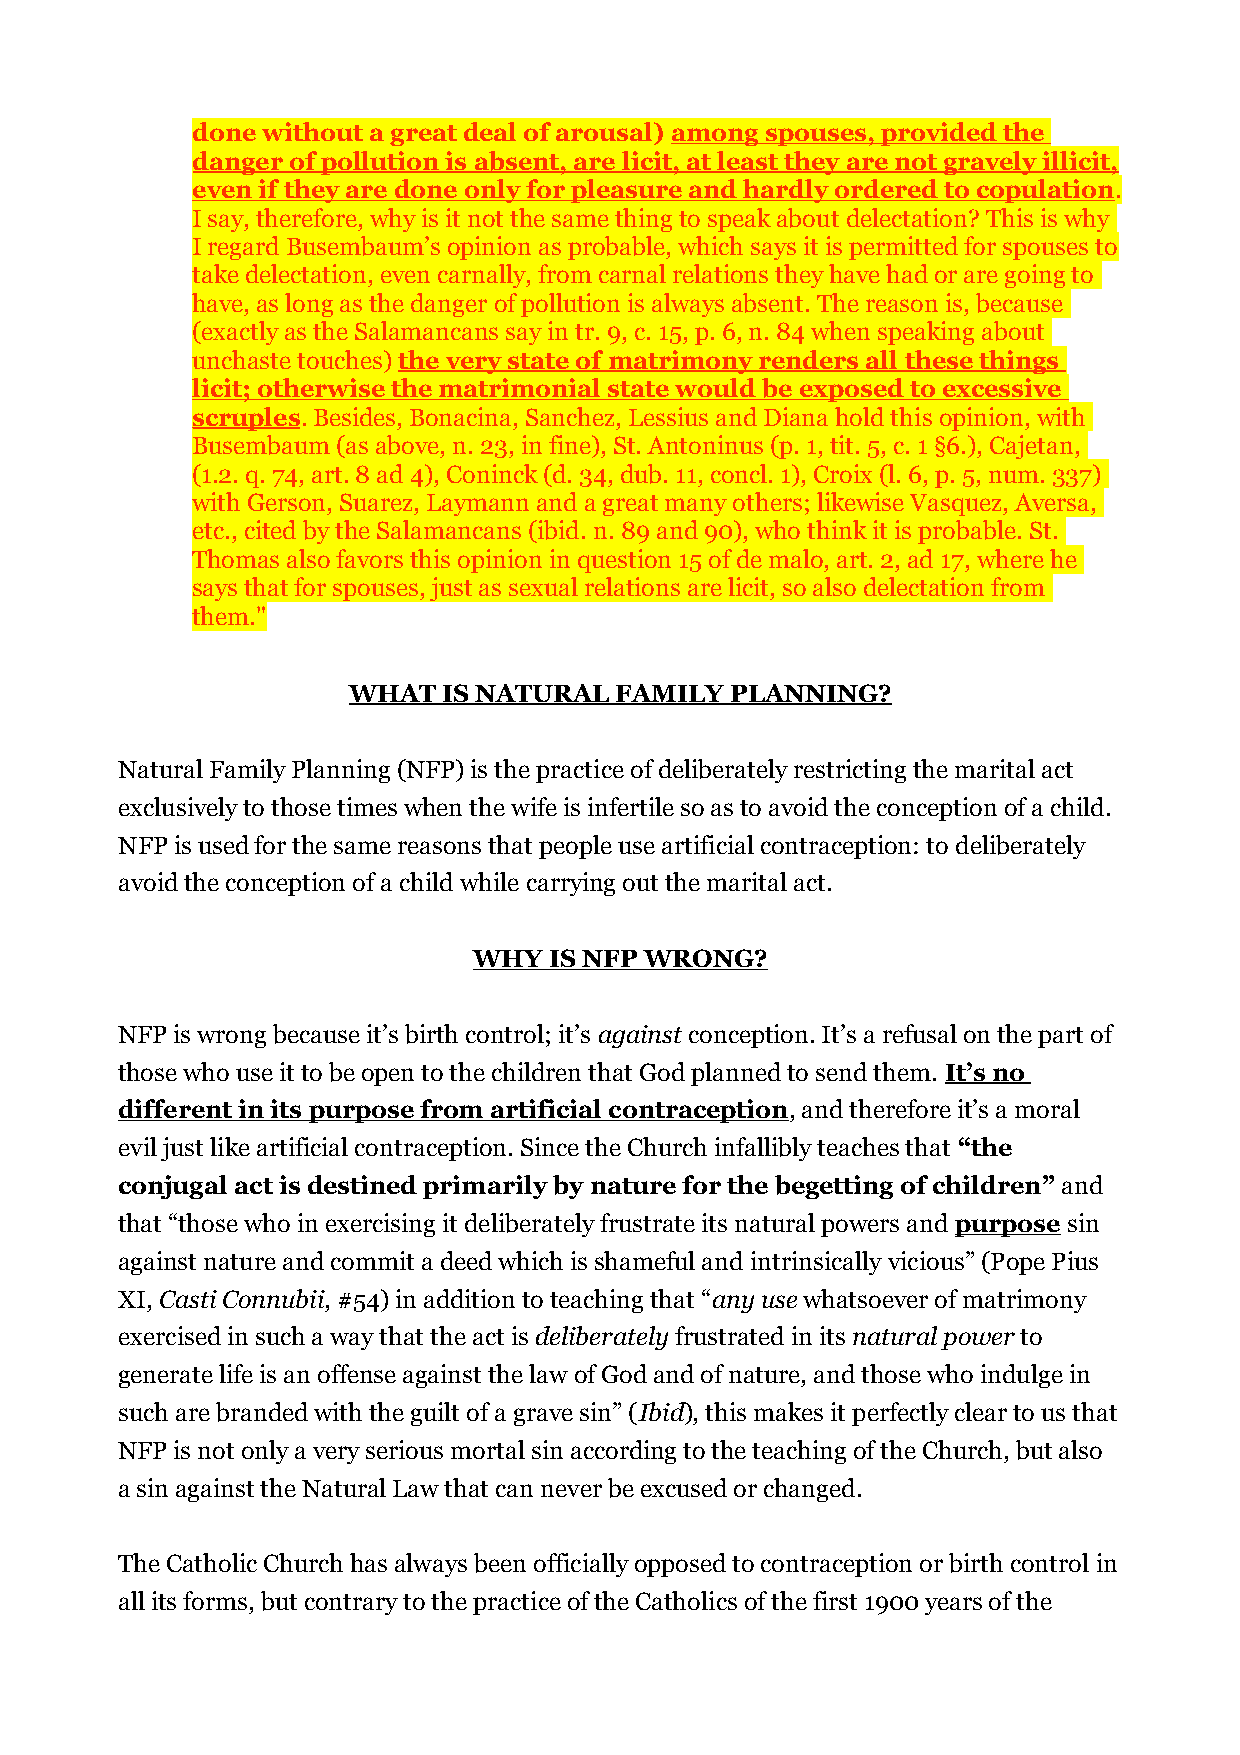
done without a great deal of arousal) among spouses, provided the
 danger of pollution is absent, are licit, at least they are not gravely illicit,
 even if they are done only for pleasure and hardly ordered to copulation.
 I say, therefore, why is it not the same thing to speak about delectation? This is why
 I regard Busembaum’s opinion as probable, which says it is permitted for spouses to
 take delectation, even carnally, from carnal relations they have had or are going to
 have, as long as the danger of pollution is always absent. The reason is, because
 (exactly as the Salamancans say in tr. 9, c. 15, p. 6, n. 84 when speaking about
 unchaste touches) the very state of matrimony renders all these things
 licit; otherwise the matrimonial state would be exposed to excessive
 scruples. Besides, Bonacina, Sanchez, Lessius and Diana hold this opinion, with
 Busembaum (as above, n. 23, in fine), St. Antoninus (p. 1, tit. 5, c. 1 §6.), Cajetan,
 (1.2. q. 74, art. 8 ad 4), Coninck (d. 34, dub. 11, concl. 1), Croix (l. 6, p. 5, num. 337)
 with Gerson, Suarez, Laymann and a great many others; likewise Vasquez, Aversa,
 etc., cited by the Salamancans (ibid. n. 89 and 90), who think it is probable. St.
 Thomas also favors this opinion in question 15 of de malo, art. 2, ad 17, where he
 says that for spouses, just as sexual relations are licit, so also delectation from
 them."
 WHAT  IS NATURAL  FAMILY PLANNING?
 Natural Family Planning (NFP) is the practice of deliberately restricting the marital act
 exclusively to those times when the wife is infertile so as to avoid the conception of a child.
 NFP is used for the same reasons that people use artificial contraception: to deliberately
 avoid the conception of a child while carrying out the marital act.
 WHY  IS NFP WRONG?
 NFP is wrong because it’s birth control; it’s against conception. It’s a refusal on the part of
 those who use it to be open to the children that God planned to send them. It’s no
 different in its purpose from artificial contraception, and therefore it’s a moral
 evil just like artificial contraception. Since the Church infallibly teaches that “the
 conjugal act is destined primarily by nature for the begetting of children” and
 that “those who in exercising it deliberately frustrate its natural powers and purpose sin
 against nature and commit a deed which is shameful and intrinsically vicious” (Pope Pius
 XI, Casti Connubii, #54) in addition to teaching that “any use whatsoever of matrimony
 exercised in such a way that the act is deliberately frustrated in its natural power to
 generate life is an offense against the law of God and of nature, and those who indulge in
 such are branded with the guilt of a grave sin” (Ibid), this makes it perfectly clear to us that
 NFP is not only a very serious mortal sin according to the teaching of the Church, but also
 a sin against the Natural Law that can never be excused or changed.
 The Catholic Church has always been officially opposed to contraception or birth control in
 all its forms, but contrary to the practice of the Catholics of the first 1900 years of the